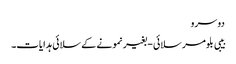
دوسرو
بیبی بلومر سلائی - بغیر نمونے کے سلائی ہدایات۔